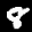
Label: 8